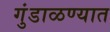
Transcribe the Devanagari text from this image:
गुंडाळण्यात